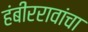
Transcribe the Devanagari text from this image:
हंबीररावांचा